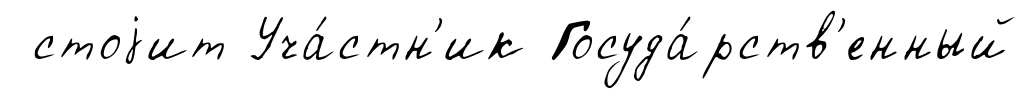
стоjит Уча́стн'ик Госуда́рств'енный